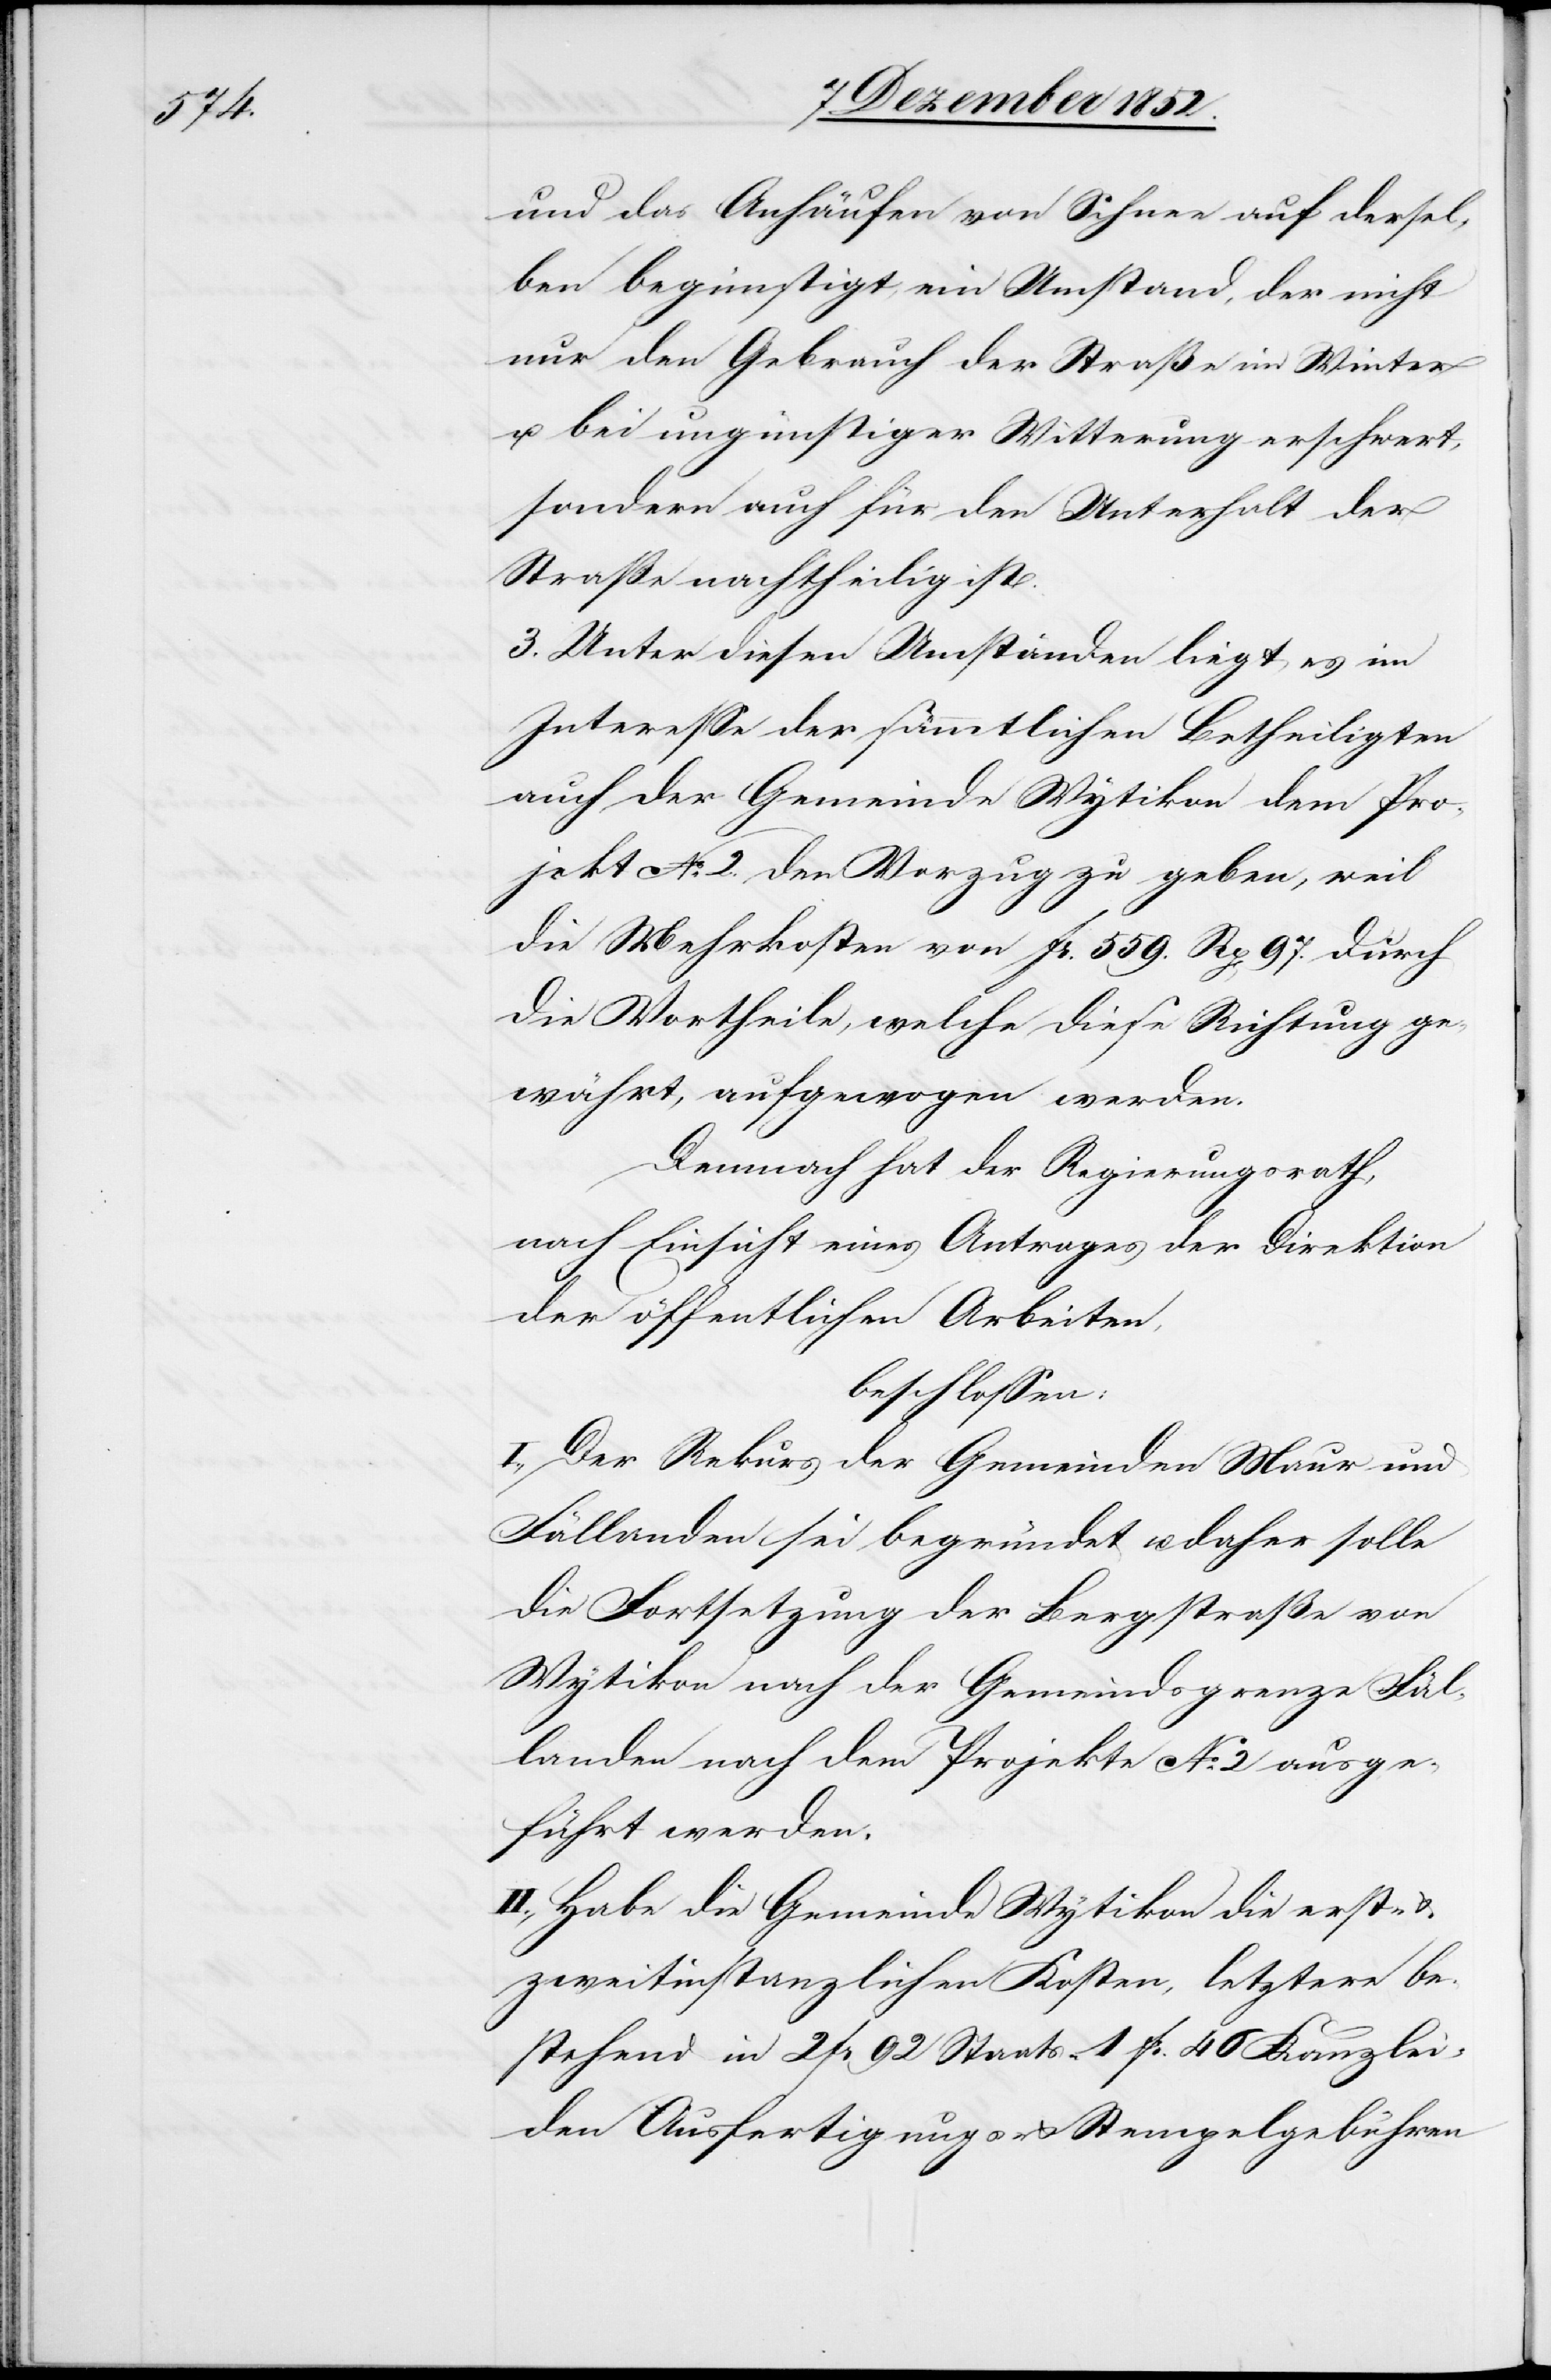
und das Anhäufen von Schnee auf dersel¬
ben begünstigt, ein Umstand, der nicht
nur den Gebrauch der Straße im Winter
u. bei ungünstiger Witterung erschwert,
sondern auch für den Unterhalt der
Straße nachtheilig ist.
3. Unter diesen Umständen liegt es im
Interesse der sämmtlichen Betheiligten
auch der Gemeinde Wytikon dem Pro¬
jekt No. 2. den Vorzug zu geben, weil
die Mehrkosten von Fr. 559. Rp[en] 97. durch
die Vortheile, welche diese Richtung ge¬
währt, aufgewogen werden.
Demnach hat der Regierungsrath,
nach Einsicht eines Antrages der Direktion
der öffentlichen Arbeiten,
beschlossen:
I., Der Rekurs der Gemeinden Maur und
Fällanden sei begründet u. daher solle
die Fortsetzung der Bergstraße von
Wytikon nach der Gemeindsgrenze Fäl¬
landen nach dem Projekte No. 2 ausge¬
führt werden.
II., Habe die Gemeinde Wytikon die erst-
zweitinstanzlichen Kosten, letztere be¬
stehend in 2 Fr 92 Staats-[,] 1 Fr. 46 Kanzlei-[,]
den Ausfertigungs- & Stempelgebühren